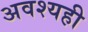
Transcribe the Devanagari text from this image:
अवश्यही